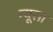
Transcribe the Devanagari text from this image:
म्यूसा